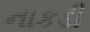
નાકડી